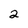
Character: 2